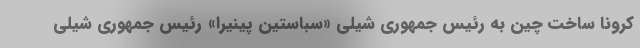
کرونا ساخت چین به رئیس جمهوری شیلی «سباستین پینیرا» رئیس جمهوری شیلی